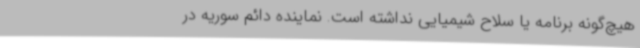
هیچ‌گونه برنامه یا سلاح شیمیایی نداشته است. نماینده دائم سوریه در